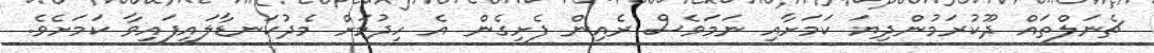
ޗެނަލްތައް ދޫކުރަމުންދިޔަ ކަމަށާއި ނަމަވެސް ރެއިން ފެށިގެން އެ ހިދުމަށް މެދުކަނޑާލައިފައިވާ ކަމަށެވެ.